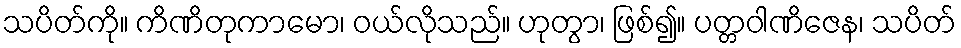
သပိတ်ကို။ ကိဏိတုကာမော၊ ဝယ်လိုသည်။ ဟုတွာ၊ ဖြစ်၍။ ပတ္တဝါဏိဇေန၊ သပိတ်